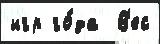
игр го́да  В'ес